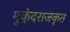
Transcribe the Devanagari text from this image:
मुकुंदराजकृत